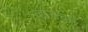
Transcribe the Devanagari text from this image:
व्हाऊचर्स